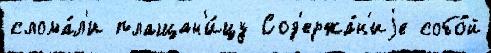
слома́л'и плащан'и́цу Сод'ержа́н'иjе собо́й